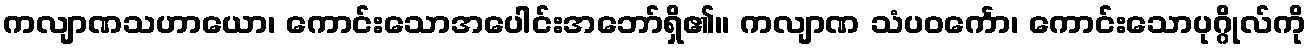
ကလျာဏသဟာယော၊ ကောင်းသောအပေါင်းအဘော်ရှိ၏။ ကလျာဏ သံပဝင်္ကော၊ ကောင်းသောပုဂ္ဂိုလ်ကို